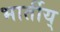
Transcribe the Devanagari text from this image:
भार्तीय्